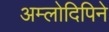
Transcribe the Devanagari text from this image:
अम्लोदिपिने